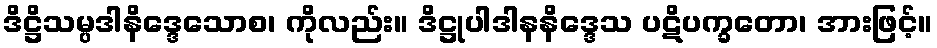
ဒိဋ္ဌိသမ္ပဒါနိဒ္ဒေသောစ၊ ကိုလည်း။ ဒိဋ္ဌုပါဒါနနိဒ္ဒေသ ပဋိပက္ခတော၊ အားဖြင့်။